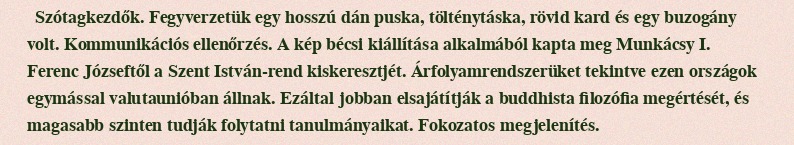
Szótagkezdők. Fegyverzetük egy hosszú dán puska, tölténytáska, rövid kard és egy buzogány volt. Kommunikációs ellenőrzés. A kép bécsi kiállítása alkalmából kapta meg Munkácsy I. Ferenc Józseftől a Szent István-rend kiskeresztjét. Árfolyamrendszerüket tekintve ezen országok egymással valutaunióban állnak. Ezáltal jobban elsajátítják a buddhista filozófia megértését, és magasabb szinten tudják folytatni tanulmányaikat. Fokozatos megjelenítés.